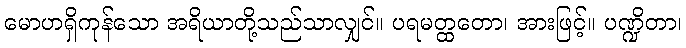
မောဟရှိကုန်သော အရိယာတို့သည်သာလျှင်။ ပရမတ္ထတော၊ အားဖြင့်။ ပဏ္ဍိတာ၊